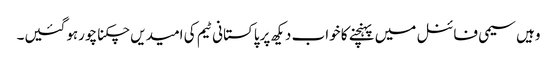
وہیں سیمی فائنل میں پہنچنے کا خواب دیکھ پرپاکستانی ٹیم کی امیدیں چکنا چورہوگئیں۔